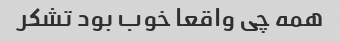
همه چی واقعا خوب بود تشکر